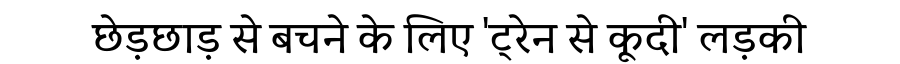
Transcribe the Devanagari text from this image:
छेड़छाड़ से बचने के लिए 'ट्रेन से कूदी' लड़की